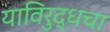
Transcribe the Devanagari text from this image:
याविरुद्धचा